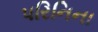
પરિનિના